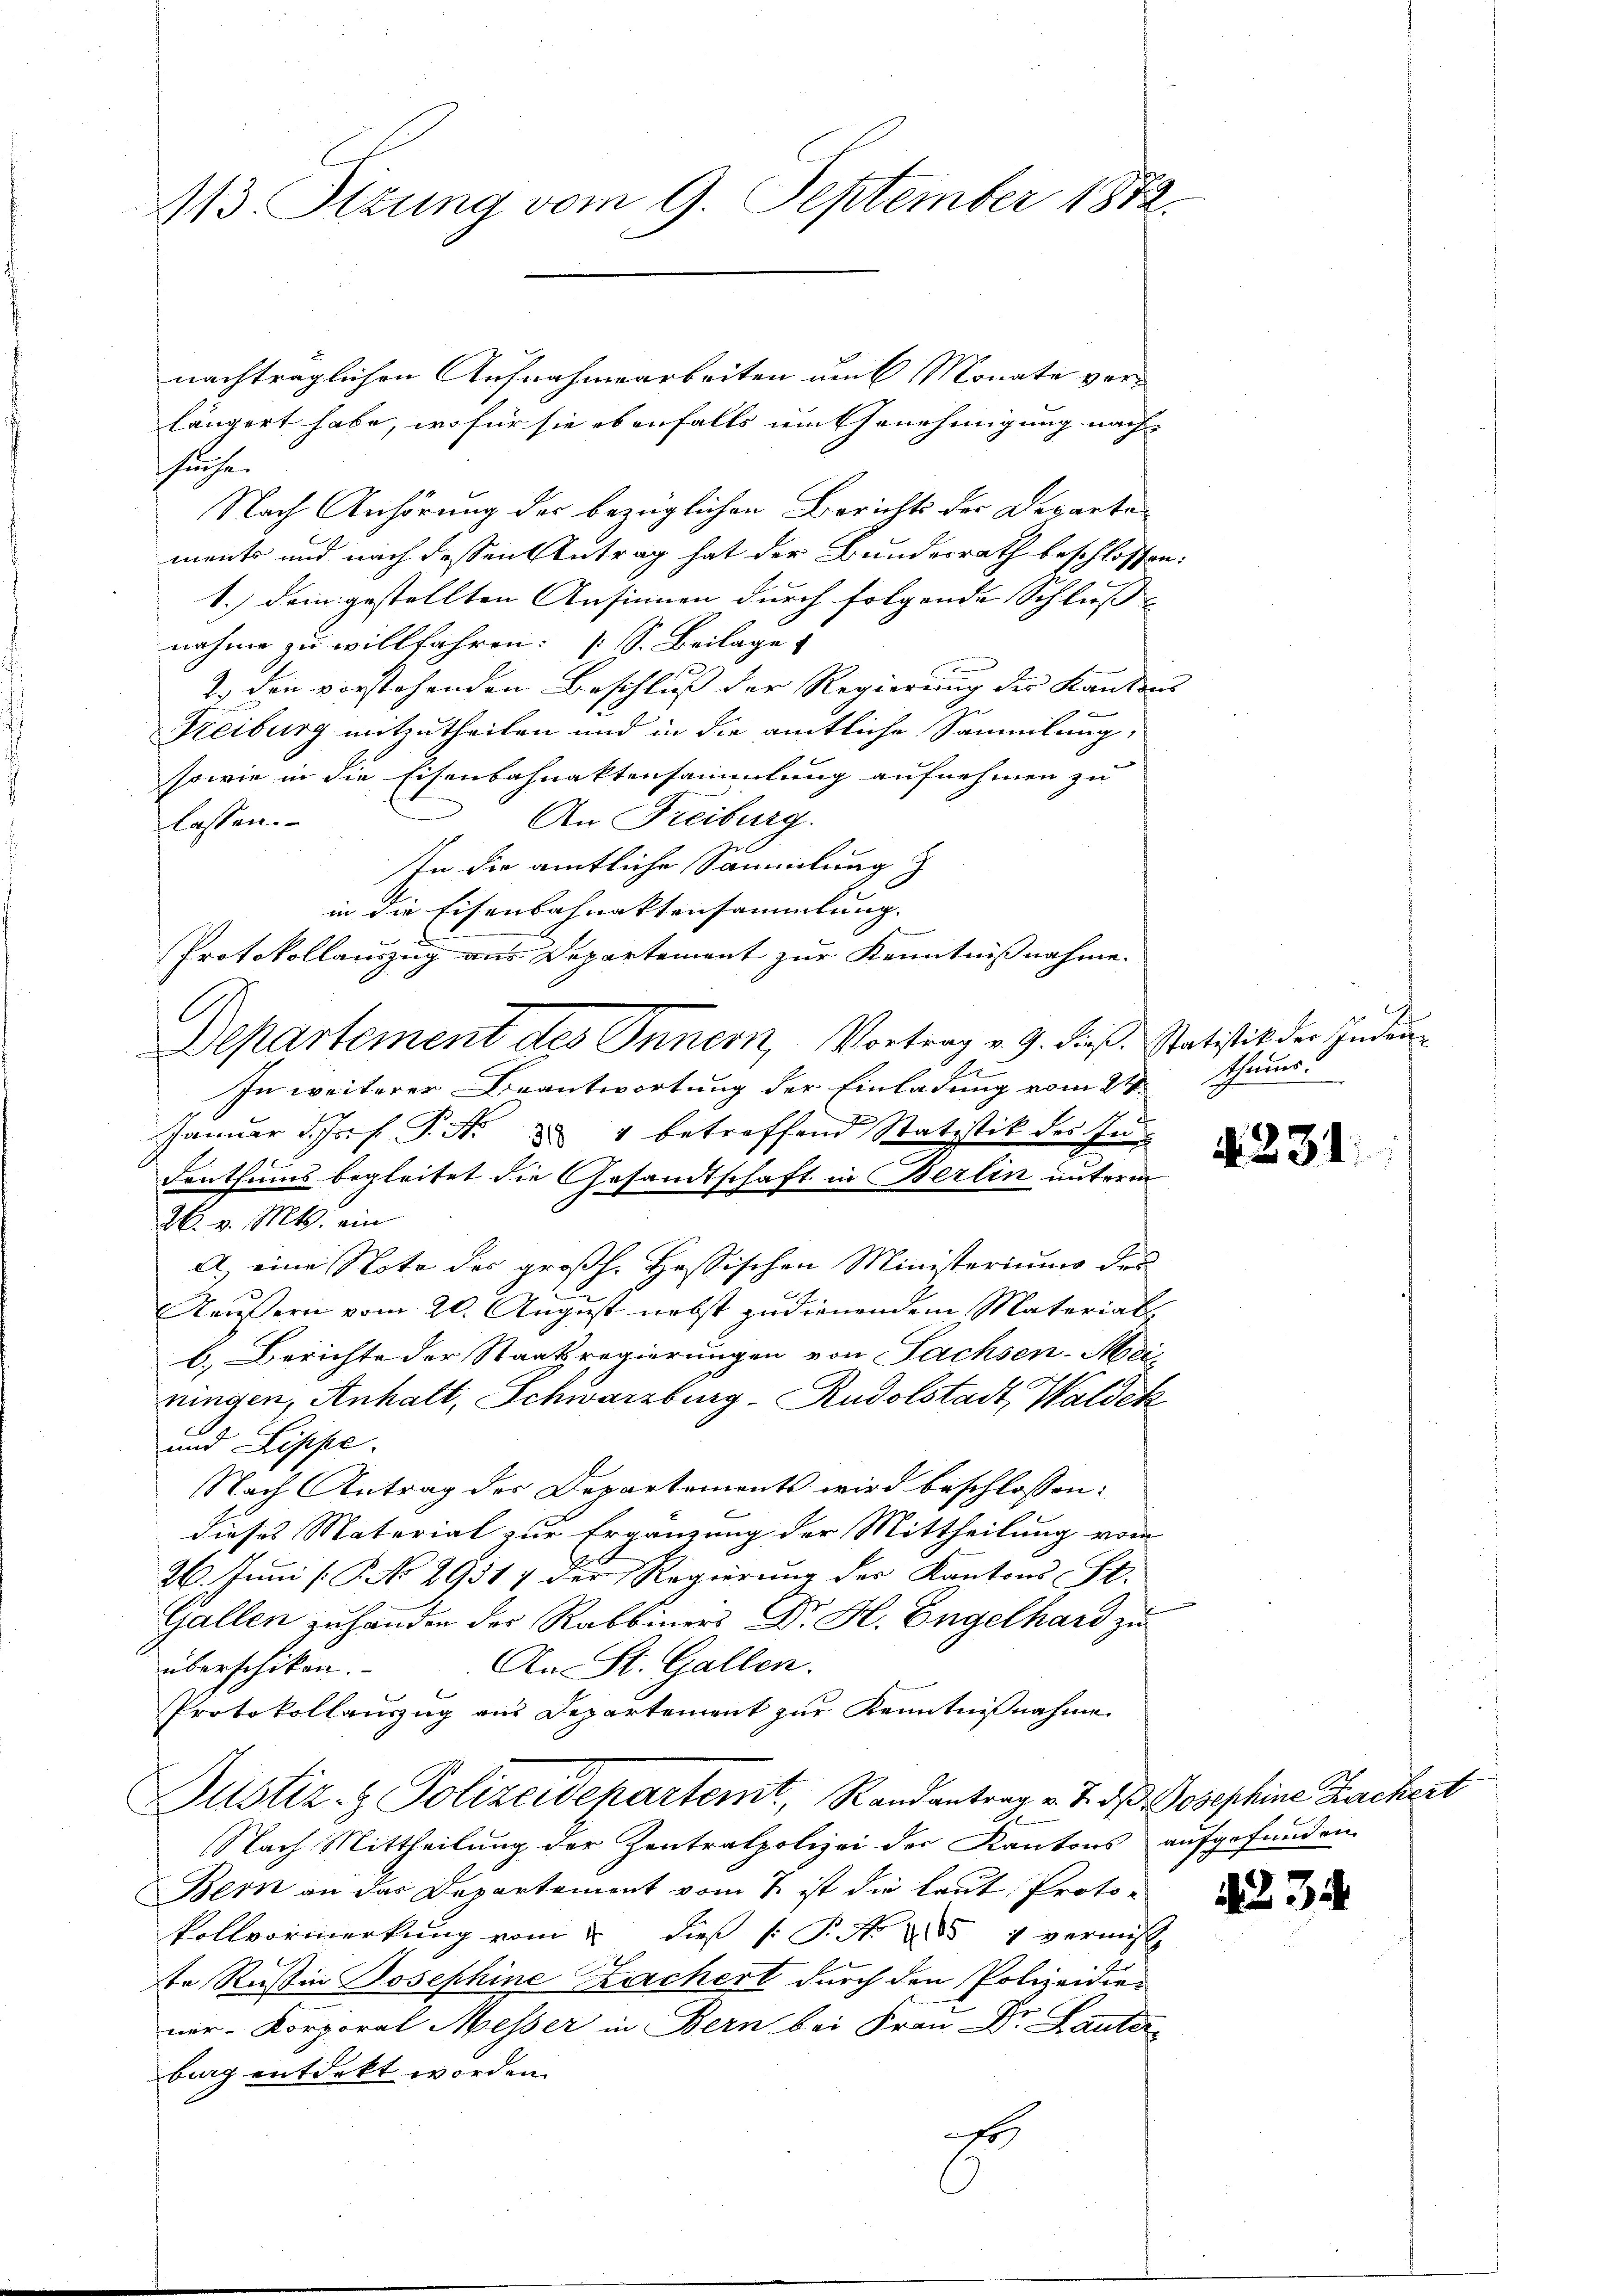
113. Ottung vom 9. September 1874.

nachträglichen Aufnahmearbeiten auf Monate vorlängert habe, wo für sie ebenfalls um Genehmigung nachsuche.
Nach Anhörung der bezüglichen Berichts der Departements und nach dessen Antrag hat der Bundesrath beschlossen:
1.) Dein gestellten Ansinnen durch folgende Schliess
nahme zu willfahren: [s. Beilage
2.) den vorstehenden Beschluss der Regierung der Kantons
Freiburg mitzutheilen und in die amtliche Sammlung,
sowie in die Eisenbahnaktensammlung aufnehmen zu
An Freiburg.
lassen.
In die amtliche Sammlung
in die Eisenbahnaktensammlung.
e
Protokollauszug aus Departement zur Kenntnißnahme.
.
Departement des Innern, Vortrag v. 9. dieß. Statistik der Juden¬
1
In weiterer Beantwortung der Einladung vom 24 Thei
Januar d. Js. f. P. Nr. 284 betreffend Statistik des In-
Denthums begleitet die Gesandtschaft in Berlin unterm
26. v. Mts. ein
A) eine Note des großh. Hessischen Ministeriums der
Käusern vom 20. August nebst zudienendem Materials
b.) Berichte der Staatsregierungen von Sachsen-Medi
ningen, Anhalt, Schwarzburg-Rudolstadt, Waldek
und Lippe.
Nach Antrag der Departements wird beschlossen:
dieses Material zur Ergänzung der Mittheilung vom
26. Juni [P. No 29317 der Regierung der Kantons St.
Gallen zu handen der Rabbiners Dr. H. Engelhard zu
überschikon.
An St. Gallen.
Protokollauszug aus Departement zur Kenntnißnahme
Justiz- & Polizeidepartemt, Randantrag v. J. dβ Josephine Rachert
Nach Mittheilung der Zentratpolizei der Kantons aufgefunden
Bern an das Departement vom 7. ist die laut Protokollvormerkung vom 2. dieß P. N. 285. 4 vermis
te Russin Josephine Rachert durch den Polizeidier
ner- Korporal Messer in Bern bei Frau Dr. Lauter
burg entdeckt worden.
t

N 231.

4234